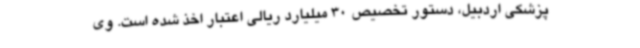
پزشکی اردبیل، دستور تخصیص 30 میلیارد ریالی اعتبار اخذ شده است. وی